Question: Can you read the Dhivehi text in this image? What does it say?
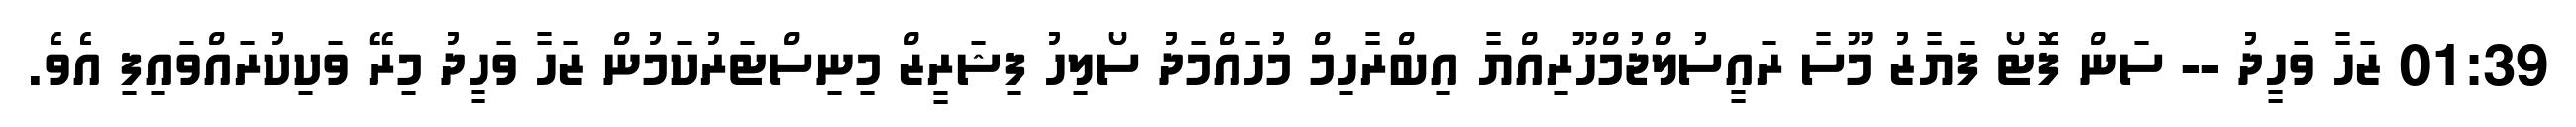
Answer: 01:39 ޒަހާ ވަހީދު -- ސަން ފޮޓޯ ފަޔާޒު މޫސާ ރައީސުލްޖުމްހޫރިއްޔާ އިބްރާހިމް މުހައްމަދު ސޯލިހު ފިޝަރީޒް މިނިސްޓަރުކަމުން ޒަހާ ވަހީދު މިރޭ ވަކިކުރައްވައިފި އެވެ.